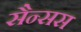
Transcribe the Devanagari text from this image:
सैन्सस